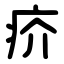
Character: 疥